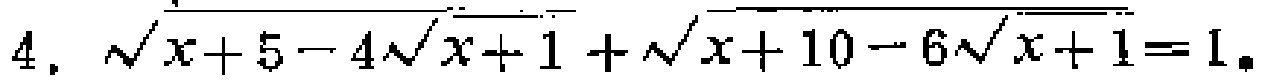
$4.\ \sqrt{x + 5 - 4\sqrt{x + 1}}+\sqrt{x + 10 - 6\sqrt{x + 1}} = 1.$